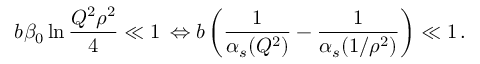
b \beta _ { 0 } \ln \frac { Q ^ { 2 } \rho ^ { 2 } } { 4 } \ll 1 \, \Leftrightarrow b \left( \frac { 1 } { \alpha _ { s } ( Q ^ { 2 } ) } - \frac { 1 } { \alpha _ { s } ( 1 / \rho ^ { 2 } ) } \right) \ll 1 \, .